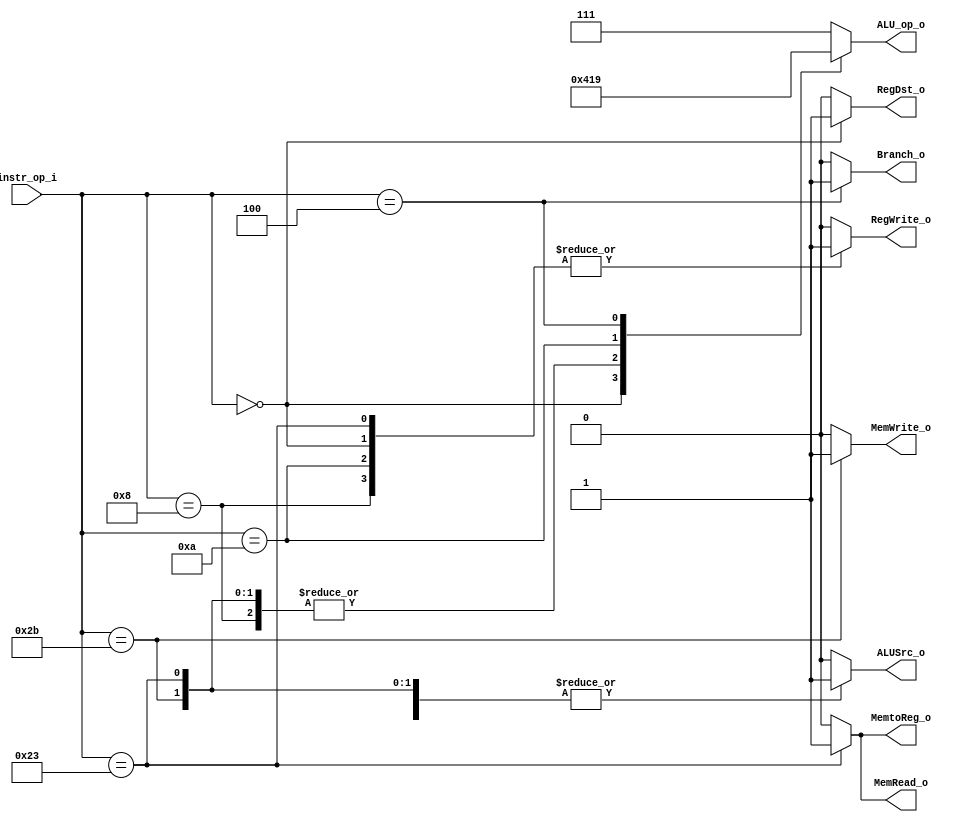
//Subject:     Architecture project 2 - Decoder
//--------------------------------------------------------------------------------
//Version:     1
//--------------------------------------------------------------------------------
//Writer:      
//----------------------------------------------
//Date:        
//----------------------------------------------
//Description: 
//--------------------------------------------------------------------------------

module Decoder(
    instr_op_i,
	RegWrite_o,
	ALU_op_o,
	ALUSrc_o,
	RegDst_o,
	Branch_o,
	MemWrite_o,
	MemRead_o,
	MemtoReg_o
	);
     
//I/O ports
input  [6-1:0] instr_op_i;

output         RegWrite_o;
output [3-1:0] ALU_op_o;
output         ALUSrc_o;
output         RegDst_o;
output         Branch_o;
output		   MemWrite_o;
output		   MemRead_o;
output		   MemtoReg_o;
 
//Internal Signals
reg    [3-1:0] ALU_op_o;
reg            ALUSrc_o;
reg            RegWrite_o;
reg            RegDst_o;
reg            Branch_o;
reg			   MemWrite_o;
reg			   MemRead_o;
reg			   MemtoReg_o;

//Parameter
`define R_TYPE 6'h00
`define ADDI 6'h08
`define LW 6'h23
`define SW 6'h2b
`define SLTI 6'h0a
`define BEQ 6'h04

//Main function
	always@(*) begin
		case(instr_op_i)
			`R_TYPE: begin
				ALUSrc_o = 0;
				RegWrite_o = 1;
				RegDst_o = 1;
				Branch_o = 0;
				MemWrite_o = 0;
				MemRead_o = 0;
				MemtoReg_o = 0;
				ALU_op_o = 3'b010;
			end
			`ADDI: begin
				ALUSrc_o = 1;
				RegWrite_o = 1;
				RegDst_o = 0;
				Branch_o = 0;
				MemWrite_o = 0;
				MemRead_o = 0;
				MemtoReg_o = 0;
				ALU_op_o = 3'b000;
			end
			`LW: begin
				ALUSrc_o = 1;
				RegWrite_o = 1;
				RegDst_o = 0;
				Branch_o = 0;
				MemWrite_o = 0;
				MemRead_o = 1;
				MemtoReg_o = 1;
				ALU_op_o = 3'b000;
			end
			`SW: begin
				ALUSrc_o = 1;
				RegWrite_o = 0;
				RegDst_o = 0;
				Branch_o = 0;
				MemWrite_o = 1;
				MemRead_o = 0;
				MemtoReg_o = 0;
				ALU_op_o = 3'b000;
			end
			`SLTI: begin
				ALUSrc_o = 1;
				RegWrite_o = 1;
				RegDst_o = 0;
				Branch_o = 0;
				MemWrite_o = 0;
				MemRead_o = 0;
				MemtoReg_o = 0;
				ALU_op_o = 3'b011;	//for set-on-less-than
			end
			`BEQ: begin
				ALUSrc_o = 0;
				RegWrite_o = 0;
				RegDst_o = 0;
				Branch_o = 1;
				MemWrite_o = 0;
				MemRead_o = 0;
				MemtoReg_o = 0;
				ALU_op_o = 3'b001;
			end
			default: begin
				ALUSrc_o = 0;
				RegWrite_o = 0;
				RegDst_o = 0;
				Branch_o = 0;
				MemWrite_o = 0;
				MemRead_o = 0;
				MemtoReg_o = 0;
				ALU_op_o = 3'b111;
			end
		endcase
	end
	
	
endmodule